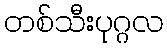
တစ်သီးပုဂ္ဂလ